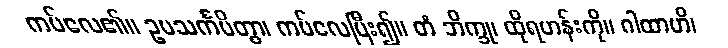
ကပ်လေ၏။ ဥပသင်္ကမိတွာ၊ ကပ်လေပြီး၍။ တံ ဘိက္ခု၊ ထိုရဟန်းကို။ ဂါထာဟိ၊